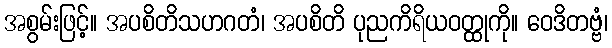
အစွမ်းဖြင့်။ အပစိတိသဟဂတံ၊ အပစိတိ ပုညကိရိယဝတ္ထုကို။ ဝေဒိတဗ္ဗံ၊